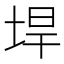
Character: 垾